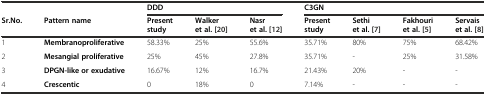
<table><thead><tr><td></td><td></td><td colspan="3"><b>DDD</b></td><td colspan="4"><b>C3GN</b></td></tr><tr><td><b>Sr.No.</b></td><td><b>Pattern name</b></td><td><b>Present study</b></td><td><b>Walker et al.[20]</b></td><td><b>Nasr et al.[12]</b></td><td><b>Present study</b></td><td><b>Sethi et al.[7]</b></td><td><b>Fakhouri et al.[5]</b></td><td><b>Servais et al.[8]</b></td></tr></thead><tbody><tr><td>1</td><td><b>Membranoproliferative</b></td><td>58.33%</td><td>25%</td><td>55.6%</td><td>35.71%</td><td>80%</td><td>75%</td><td>68.42%</td></tr><tr><td>2</td><td><b>Mesangial proliferative</b></td><td>25%</td><td>45%</td><td>27.8%</td><td>35.71%</td><td>-</td><td>25%</td><td>31.58%</td></tr><tr><td>3</td><td><b>DPGN-like or exudative</b></td><td>16.67%</td><td>12%</td><td>16.7%</td><td>21.43%</td><td>20%</td><td>-</td><td>-</td></tr><tr><td>4</td><td><b>Crescentic</b></td><td>0</td><td>18%</td><td>0</td><td>7.14%</td><td>-</td><td>-</td><td>-</td></tr></tbody></table>